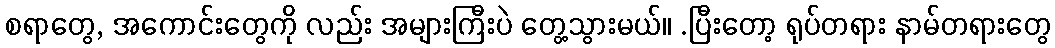
စရာတွေ, အကောင်းတွေကို လည်း အများကြီးပဲ တွေ့သွားမယ်။ .ပြီးတော့ ရုပ်တရား နာမ်တရားတွေ